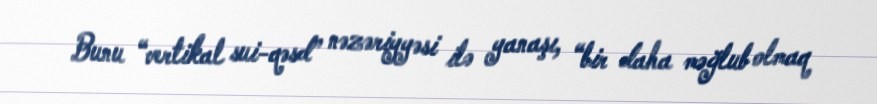
Bunu “vertikal sui-qəsd” nəzəriyyəsi ilə yanaşı, “bir daha məğlub olmaq